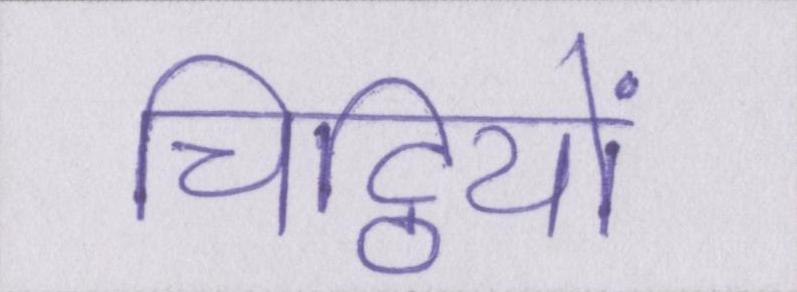
चिट्ठियों